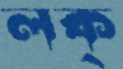
লক্